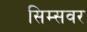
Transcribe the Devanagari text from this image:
सिम्सवर